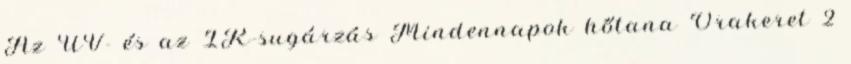
Az UV- és az IR-sugárzás Mindennapok hőtana Órakeret 2